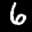
Label: 6